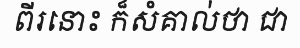
ពីរនោះ ក៏សំគាល់ថា ជា